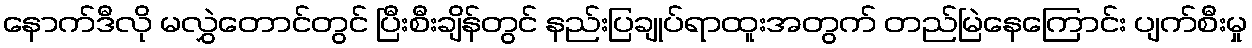
နောက်ဒီလို မလွှဲတောင်တွင် ပြီးစီးချိန်တွင် နည်းပြချုပ်ရာထူးအတွက် တည်မြဲနေကြောင်း ပျက်စီးမှု